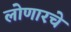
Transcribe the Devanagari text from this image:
लोणारचे